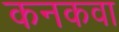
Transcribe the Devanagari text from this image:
कनकवा